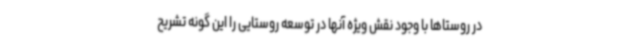
در روستاها با وجود نقش ویژه آنها در توسعه روستایی را این گونه تشریح